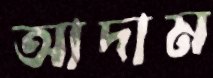
আদাম